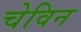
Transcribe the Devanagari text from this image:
चेविन